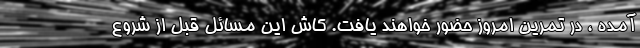
آمده ، در تمرین امروز حضور خواهند یافت. کاش این مسائل قبل از شروع